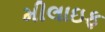
મીલાઇફ